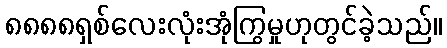
၈၈၈၈ရှစ်လေးလုံးအုံကြွမှုဟုတွင်ခဲ့သည်။